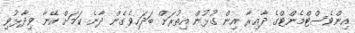
އިންވެސްޓްމެންޓްގެ ދާއިރާ އިން ގުޅުން އިތުރަށް ބަދަހިވެގެން ދާނެ ކަމަށް އޭނާ ވިދާޅުވި